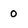
Character: 0